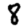
Digit: 8